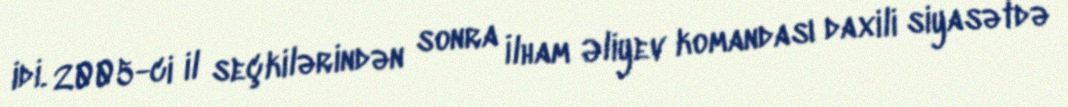
idi. 2005-ci il seçkilərindən sonra İlham Əliyev komandası daxili siyasətdə